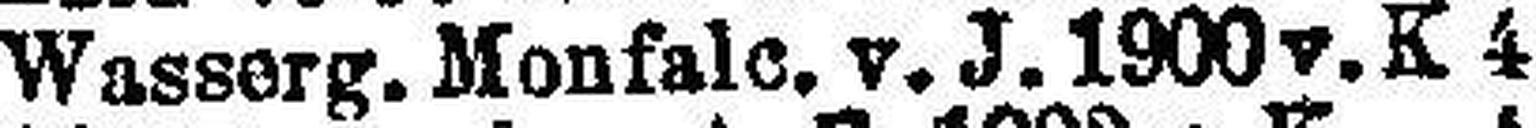
Wasserg. Monfale. v. J. 1900v. K 4